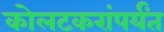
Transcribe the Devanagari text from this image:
कोलटकरांपर्यंत